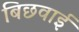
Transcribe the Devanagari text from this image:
बिछवाई